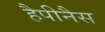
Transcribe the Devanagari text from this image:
हैपीनैस